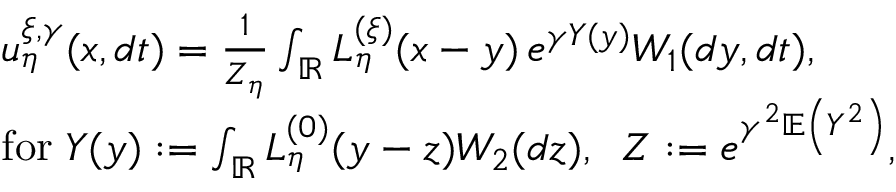
\begin{array} { r l } & { u _ { \eta } ^ { \xi , \gamma } ( x , d t ) = \frac { 1 } { Z _ { \eta } } \int _ { \mathbb R } L _ { \eta } ^ { ( \xi ) } ( x - y ) \, e ^ { \gamma Y ( y ) } W _ { 1 } ( d y , d t ) , } \\ & { \mathrm { f o r } \; Y ( y ) : = \int _ { \mathbb R } L _ { \eta } ^ { ( 0 ) } ( y - z ) W _ { 2 } ( d z ) , \; \; Z : = e ^ { \gamma ^ { 2 } \mathbb E \left( { Y ^ { 2 } } \right) } , } \end{array}